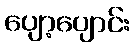
ပျော့ပျောင်း